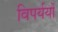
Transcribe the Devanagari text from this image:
विपर्ययों